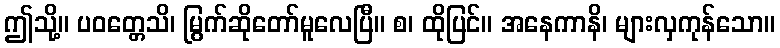
ဤသို့။ ပဝတ္တေသိ၊ မြွက်ဆိုတော်မူလေပြီ။ စ၊ ထိုပြင်။ အနေကာနိ၊ များလှကုန်သော။